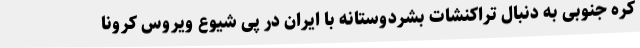
کره جنوبی به دنبال تراکنشات بشردوستانه با ایران در پی شیوع ویروس کرونا